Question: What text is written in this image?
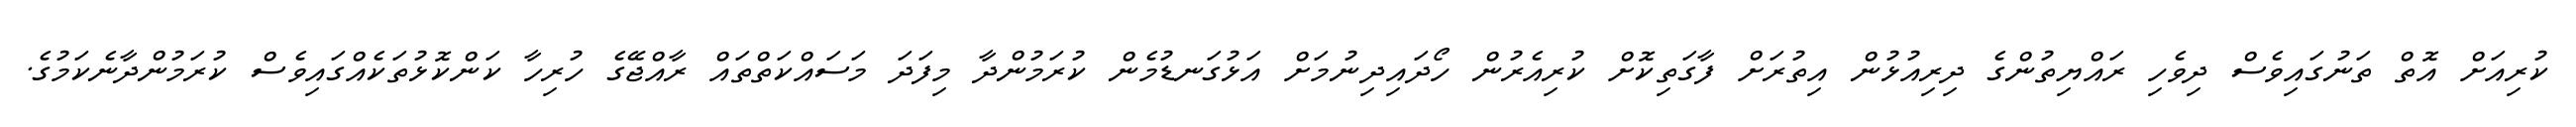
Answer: ކުރިއަށް އޮތް ތަނުގައިވެސް ދިވެހި ރައްޔިތުންގެ ދިރިއުޅުން އިތުރަށް ފާގަތިކޮށް ކުރިއެރުން ހޯދައިދިނުމަށް އަޅުގަނޑުމެން ކުރަމުންދާ މިފަދަ މަސައްކަތްތައް ރާއްޖޭގެ ހުރިހާ ކަންކޮޅުތަކެއްގައިވެސް ކުރަމުންދާނެކަމުގެ.